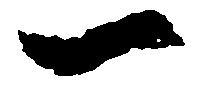
一